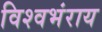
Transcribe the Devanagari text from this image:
विश्वभंराय